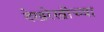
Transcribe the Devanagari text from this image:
देखरेखीच्या